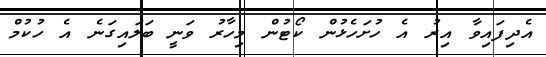
އެދިފައިވާ އިރު އެ ހުށަހެޅުން ކޯޓުން މިހާރު ވަނީ ބަލައިގަނެ އެ ހުކުމް